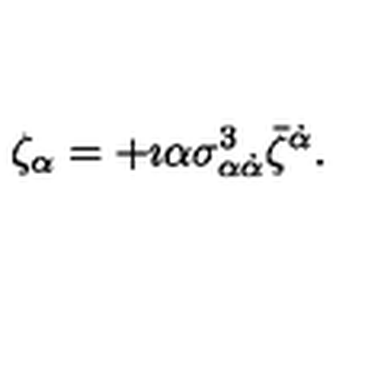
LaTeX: \zeta _ { \alpha } = + \imath \alpha \sigma _ { \alpha \dot { \alpha } } ^ { 3 } \bar { \zeta } ^ { \dot { \alpha } } .